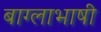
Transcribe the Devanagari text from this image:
बाग्लाभाषी